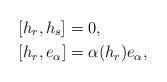
LaTeX: \begin{align*}&[h_r,h_s]=0,\\&[h_r,e_\alpha]=\alpha(h_r)e_\alpha,\end{align*}